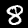
Label: 8